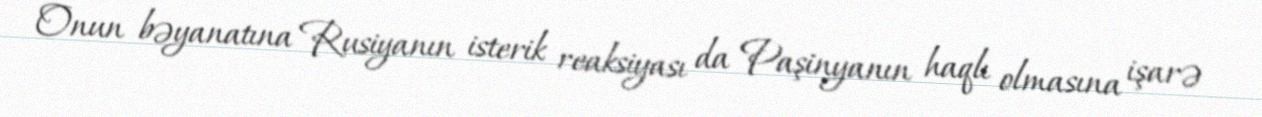
Onun bəyanatına Rusiyanın isterik reaksiyası da Paşinyanın haqlı olmasına işarə